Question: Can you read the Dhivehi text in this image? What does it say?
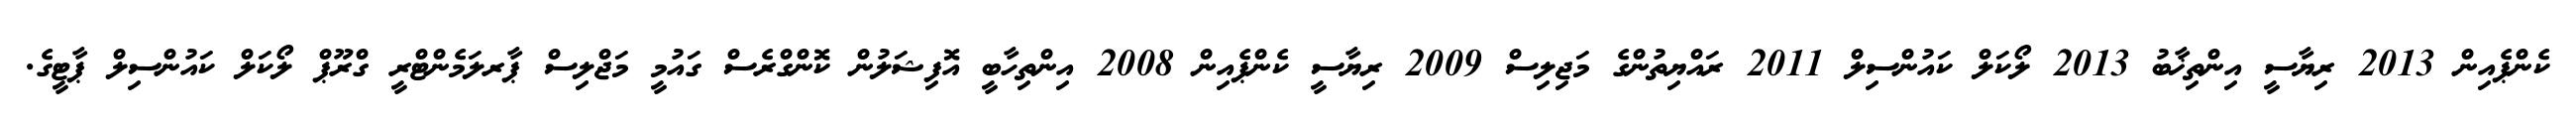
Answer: ކެންޕެއިން 2013 ރިޔާސީ އިންތިޚާބު 2013 ލޯކަލް ކައުންސިލް 2011 ރައްޔިތުންގެ މަޖިލިސް 2009 ރިޔާސީ ކެންޕެއިން 2008 އިންތިހާބީ އޮފިޝަލުން ކޮންގްރެސް ގައުމީ މަޖްލިސް ޕާރލަމެންޓްރީ ގްރޫޕް ލޯކަލް ކައުންސިލް ޕާޓީގެ.